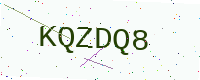
Text: KQZDQ8